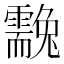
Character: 䨲